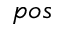
p o s